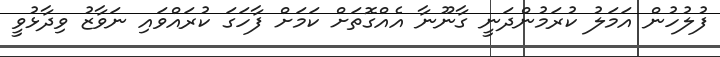
ފުލުހުން އަމަލު ކުރަމުންދަނީ ގާނޫނާ އެއްގޮތަށް ކަމަށް ފާހަގަ ކުރައްވައި ނަވާޒު ވިދާޅުވީ